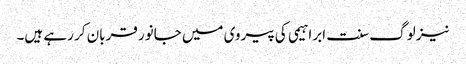
نیز لوگ سنت ابراہیمی کی پیروی میں جانور قربان کر رہے ہیں۔